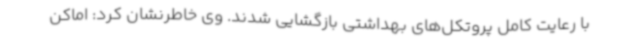
با رعایت کامل پروتکل‌های بهداشتی بازگشایی شدند. وی خاطرنشان کرد: اماکن